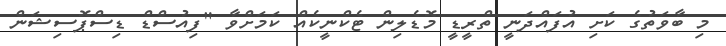
މި ބާވަތުގެ ކަށި އުފައްދަނީ ތްރީޑީ މޮޑެލިން ޓެކްނީކެއް ކަމަށްވާ "ފިއުސްޑް ޑިސްޕޮސިޝަން